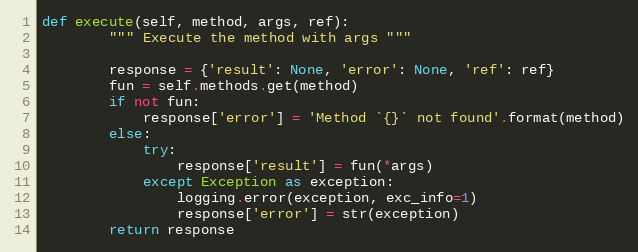
Language: Python
def execute(self, method, args, ref):
        """ Execute the method with args """

        response = {'result': None, 'error': None, 'ref': ref}
        fun = self.methods.get(method)
        if not fun:
            response['error'] = 'Method `{}` not found'.format(method)
        else:
            try:
                response['result'] = fun(*args)
            except Exception as exception:
                logging.error(exception, exc_info=1)
                response['error'] = str(exception)
        return response